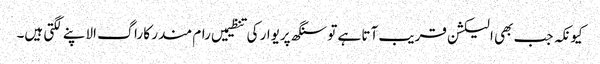
کیونکہ جب بھی الیکشن قریب آتا ہے تو سنگھ پریوار کی تنظیمیں رام مندر کا راگ الاپنے لگتی ہیں۔